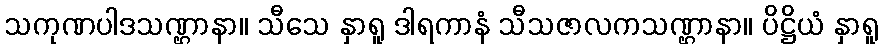
သကုဏပါဒသဏ္ဌာနာ။ သီသေ နှာရူ ဒါရကာနံ သီသဇာလကသဏ္ဌာနာ။ ပိဋ္ဌိယံ နှာရူ